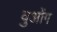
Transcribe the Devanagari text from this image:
वुओंग